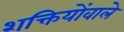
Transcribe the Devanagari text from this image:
शक्तियोंवाले